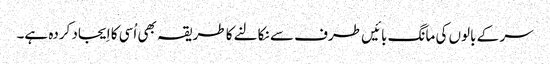
سر کے بالوں کی مانگ بائیں طرف سے نکالنے کا طریقہ بھی اُسی کا اِیجاد کردہ ہے۔